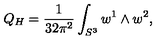
Q _ { H } = \frac { 1 } { 3 2 \pi ^ { 2 } } \int _ { S ^ { 3 } } w ^ { 1 } \wedge w ^ { 2 } ,